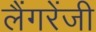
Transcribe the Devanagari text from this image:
लैंगरेंजी